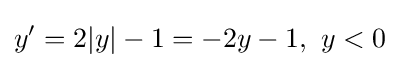
y'=2|y|-1=-2y-1,\ y<0